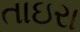
તાઇરા